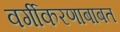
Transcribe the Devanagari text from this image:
वर्गीकरणाबाबत